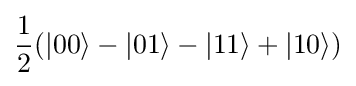
{\frac {1}{2}}(|00\rangle -|01\rangle -|11\rangle +|10\rangle )